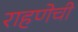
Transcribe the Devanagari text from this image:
राहणेची